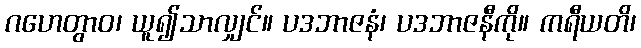
ဂဟေတွာဝ၊ ယူ၍သာလျှင်။ ပဒဘာဇနံ၊ ပဒဘာဇနီကို။ ကရီယတိ၊